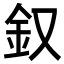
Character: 𨥁